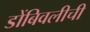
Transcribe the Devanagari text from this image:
डोंबिवलीची